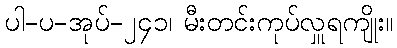
ပါ-ပ-အုပ်-၂၄၁၊ မီးတင်းကုပ်လှူရကျိုး။